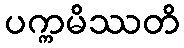
ပက္ကမိဿတိ